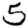
Digit: 5